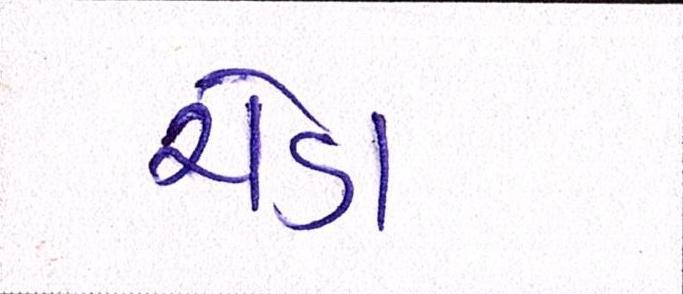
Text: ચેડા